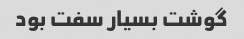
گوشت بسیار سفت بود